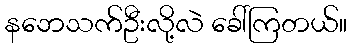
နဘေသက်ဦးလို့လဲ ခေါ်ကြတယ်။